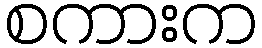
စကားက